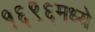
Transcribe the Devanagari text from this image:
१६९६मध्ये